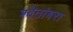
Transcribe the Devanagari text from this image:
श्वेतांबरा